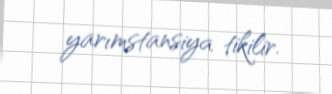
yarımstansiya tikilir.